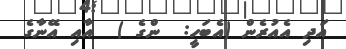
އަދި އެއުރެން (އެބަހީ:  ންގެ )  އާއި އޭނާގެ